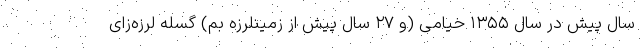
سال پیش در سال ۱۳۵۵ خیامی (و ۲۷ سال پیش از زمینلرزه بم) گسله لرزه‌زای